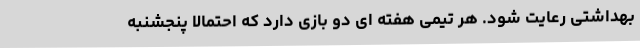
بهداشتی رعایت شود. هر تیمی هفته ای دو بازی دارد که احتمالا پنجشنبه